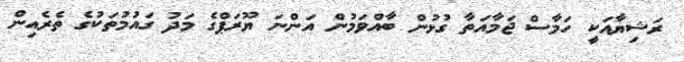
ރަޝިޔާއަކީ ހަމާސް ޖަމާއަތާ ގުޅުން ބާއްވަމުން އަންނަ ޔޫރަޕްގެ މަދު ގައުމުތަކުގެ ތެރެއިން